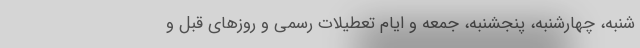
شنبه، چهارشنبه، پنجشنبه، جمعه و ایام تعطیلات رسمی و روز‌های قبل و